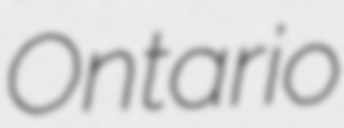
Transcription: Ontario